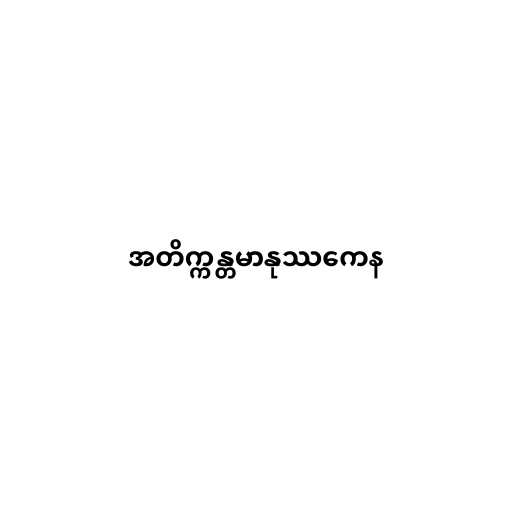
အတိက္ကန္တမာနုဿကေန